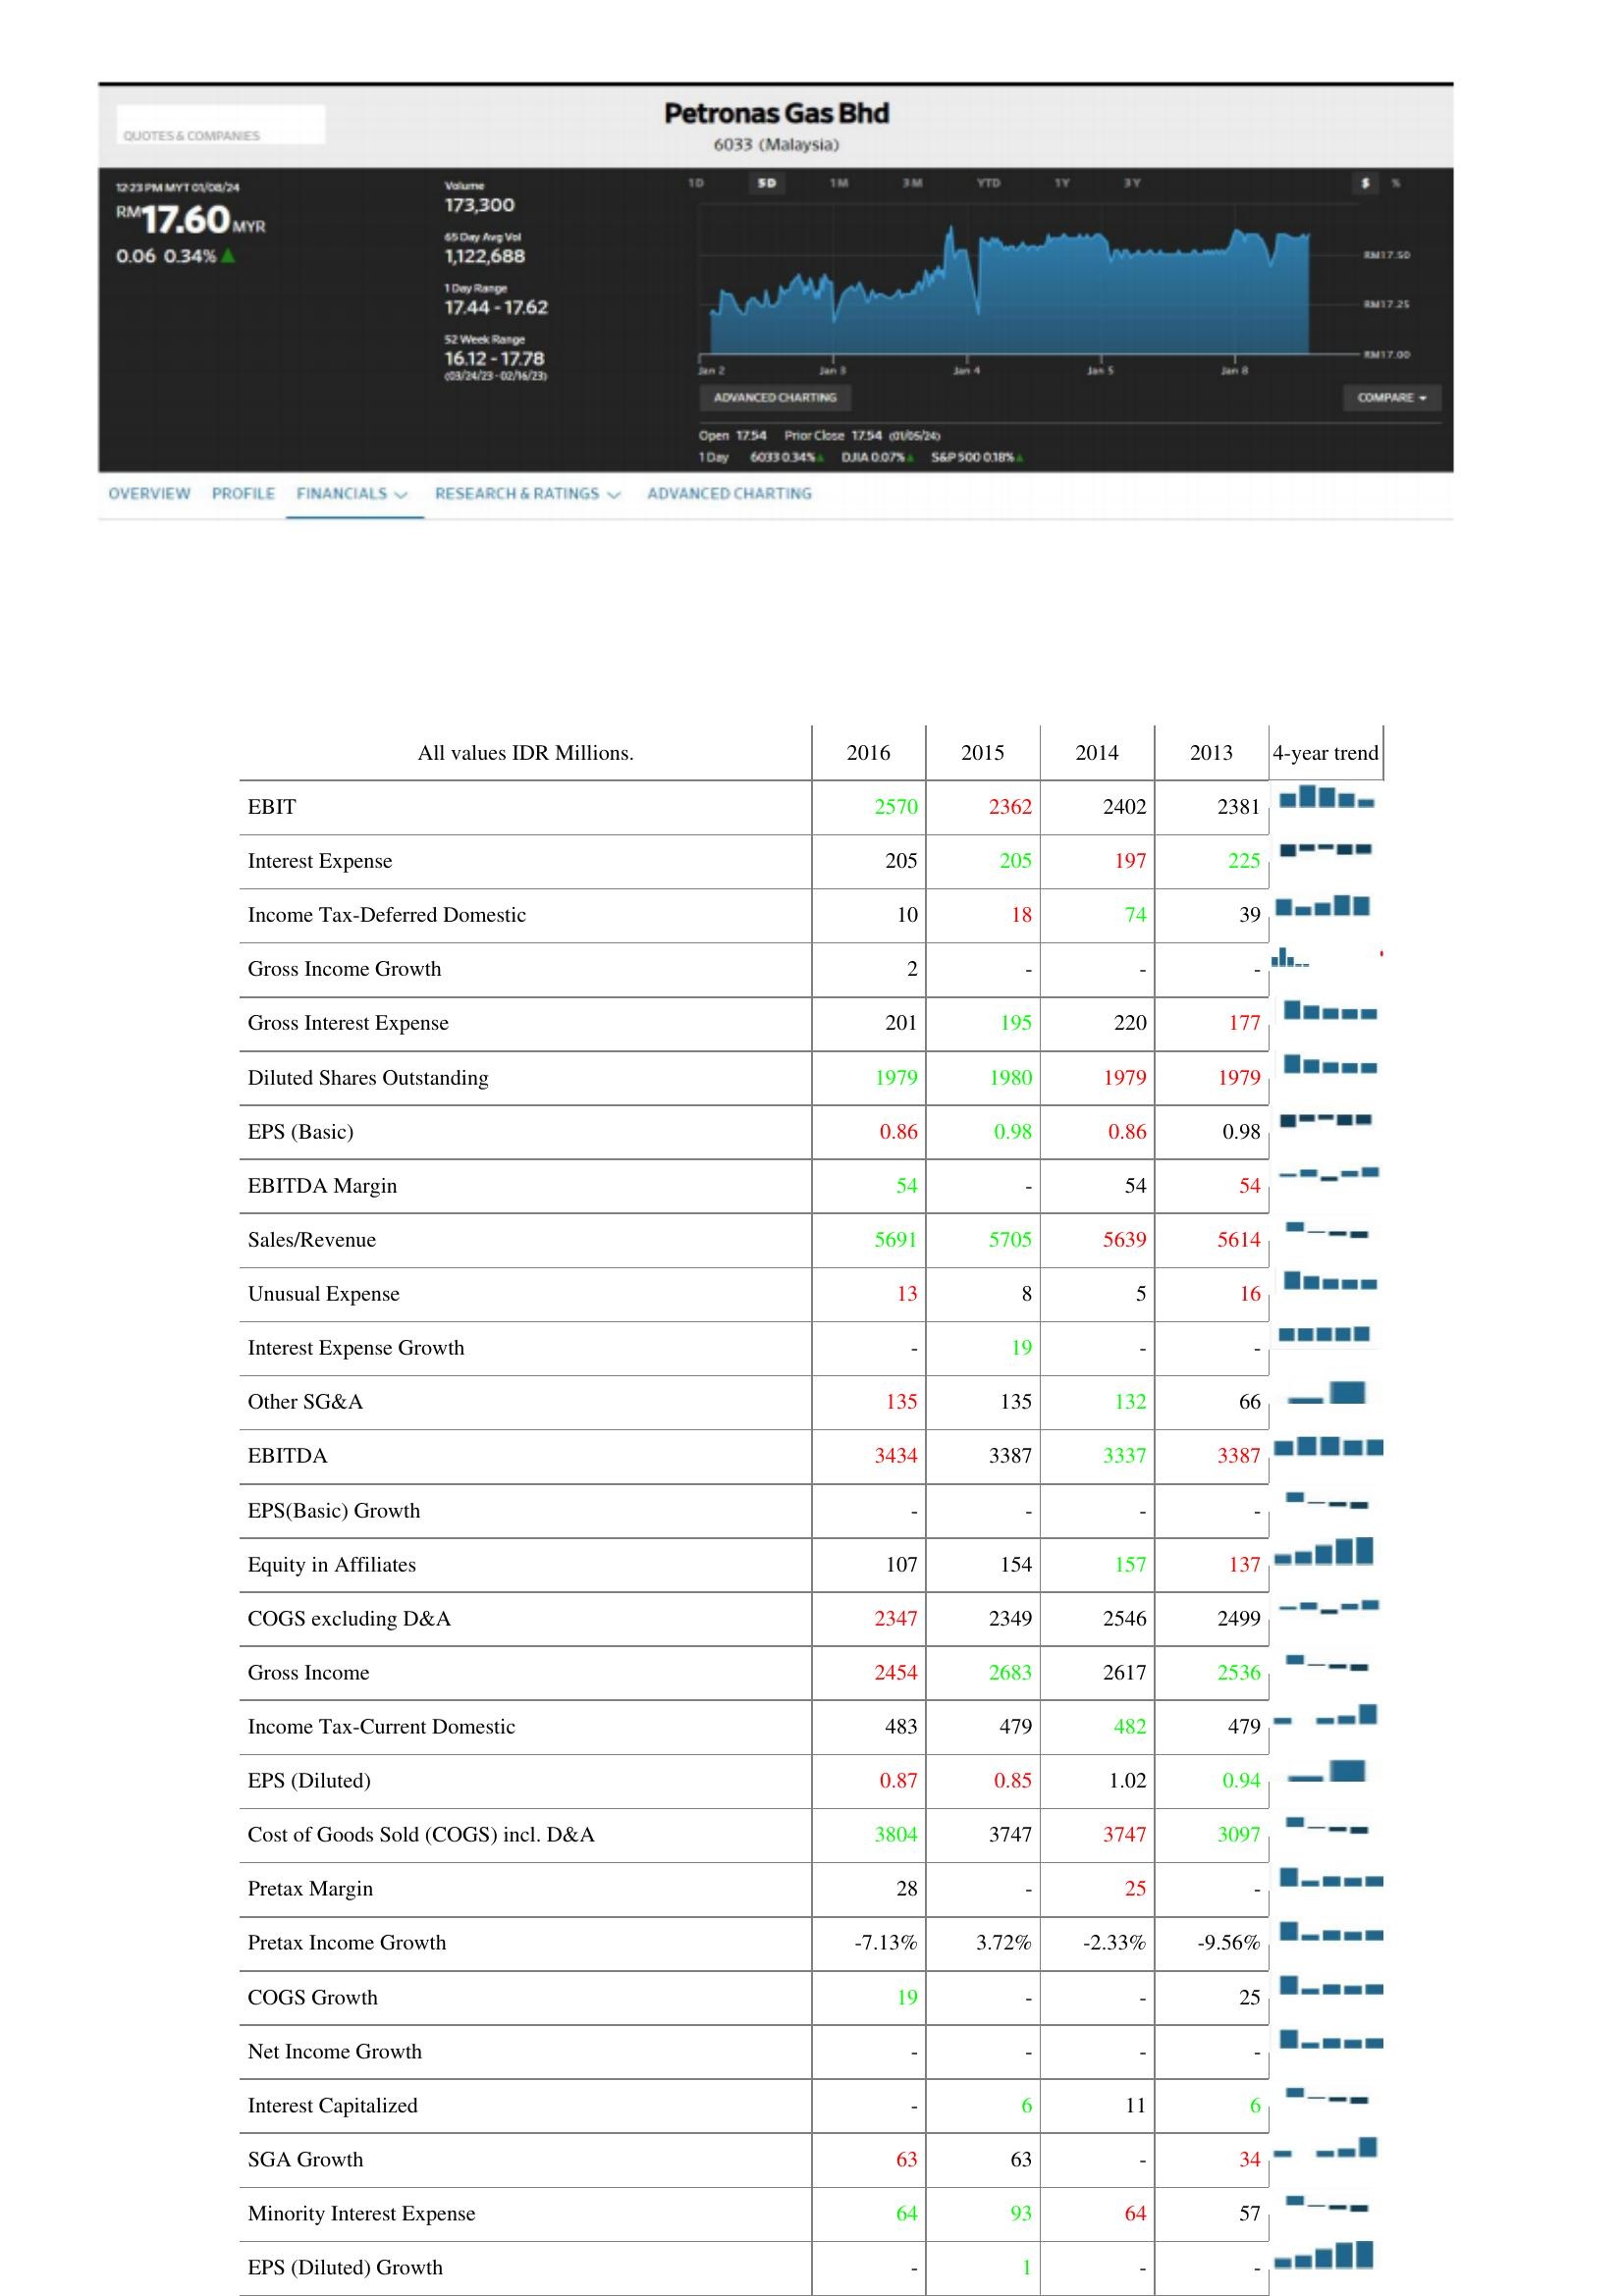
2016: : EBIT: 2570
Interest Expense: 205
Income Tax-Deferred Domestic: 10
Gross Income Growth: 2
Gross Interest Expense: 201
Diluted Shares Outstanding: 1979
EPS (Basic): 0.86
EBITDA Margin: 54
Sales/Revenue: 5691
Unusual Expense: 13
Interest Expense Growth: -
Other SG&A: 135
EBITDA: 3434
EPS(Basic) Growth: -
Equity in Affiliates: 107
COGS excluding D&A: 2347
Gross Income: 2454
Income Tax-Current Domestic: 483
EPS (Diluted): 0.87
Cost of Goods Sold (COGS) incl. D&A: 3804
Pretax Margin: 28
Pretax Income Growth: -7.13%
COGS Growth: 19
Net Income Growth: -
Interest Capitalized: -
SGA Growth: 63
Minority Interest Expense: 64
EPS (Diluted) Growth: -
2015: : EBIT: 2362
Interest Expense: 205
Income Tax-Deferred Domestic: 18
Gross Income Growth: -
Gross Interest Expense: 195
Diluted Shares Outstanding: 1980
EPS (Basic): 0.98
EBITDA Margin: -
Sales/Revenue: 5705
Unusual Expense: 8
Interest Expense Growth: 19
Other SG&A: 135
EBITDA: 3387
EPS(Basic) Growth: -
Equity in Affiliates: 154
COGS excluding D&A: 2349
Gross Income: 2683
Income Tax-Current Domestic: 479
EPS (Diluted): 0.85
Cost of Goods Sold (COGS) incl. D&A: 3747
Pretax Margin: -
Pretax Income Growth: 3.72%
COGS Growth: -
Net Income Growth: -
Interest Capitalized: 6
SGA Growth: 63
Minority Interest Expense: 93
EPS (Diluted) Growth: 1
2014: : EBIT: 2402
Interest Expense: 197
Income Tax-Deferred Domestic: 74
Gross Income Growth: -
Gross Interest Expense: 220
Diluted Shares Outstanding: 1979
EPS (Basic): 0.86
EBITDA Margin: 54
Sales/Revenue: 5639
Unusual Expense: 5
Interest Expense Growth: -
Other SG&A: 132
EBITDA: 3337
EPS(Basic) Growth: -
Equity in Affiliates: 157
COGS excluding D&A: 2546
Gross Income: 2617
Income Tax-Current Domestic: 482
EPS (Diluted): 1.02
Cost of Goods Sold (COGS) incl. D&A: 3747
Pretax Margin: 25
Pretax Income Growth: -2.33%
COGS Growth: -
Net Income Growth: -
Interest Capitalized: 11
SGA Growth: -
Minority Interest Expense: 64
EPS (Diluted) Growth: -
2013: : EBIT: 2381
Interest Expense: 225
Income Tax-Deferred Domestic: 39
Gross Income Growth: -
Gross Interest Expense: 177
Diluted Shares Outstanding: 1979
EPS (Basic): 0.98
EBITDA Margin: 54
Sales/Revenue: 5614
Unusual Expense: 16
Interest Expense Growth: -
Other SG&A: 66
EBITDA: 3387
EPS(Basic) Growth: -
Equity in Affiliates: 137
COGS excluding D&A: 2499
Gross Income: 2536
Income Tax-Current Domestic: 479
EPS (Diluted): 0.94
Cost of Goods Sold (COGS) incl. D&A: 3097
Pretax Margin: -
Pretax Income Growth: -9.56%
COGS Growth: 25
Net Income Growth: -
Interest Capitalized: 6
SGA Growth: 34
Minority Interest Expense: 57
EPS (Diluted) Growth: -